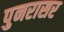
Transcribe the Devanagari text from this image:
पुनरासर